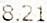
8.21